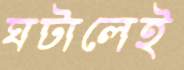
ঘটালেই